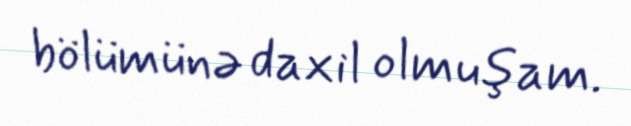
bölümünə daxil olmuşam.